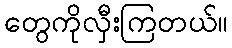
တွေကိုလှီးကြတယ်။